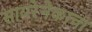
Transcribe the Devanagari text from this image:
सायरेनेकाचा